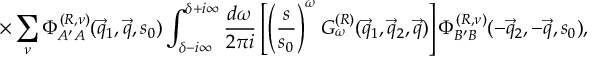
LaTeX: \frac { R _ { 3 } ^ { 2 } / R _ { 2 } - R _ { 4 } } { R _ { 4 } } \equiv \delta _ { 4 } = \frac { - A } { 3 + ( a + b ) } ,